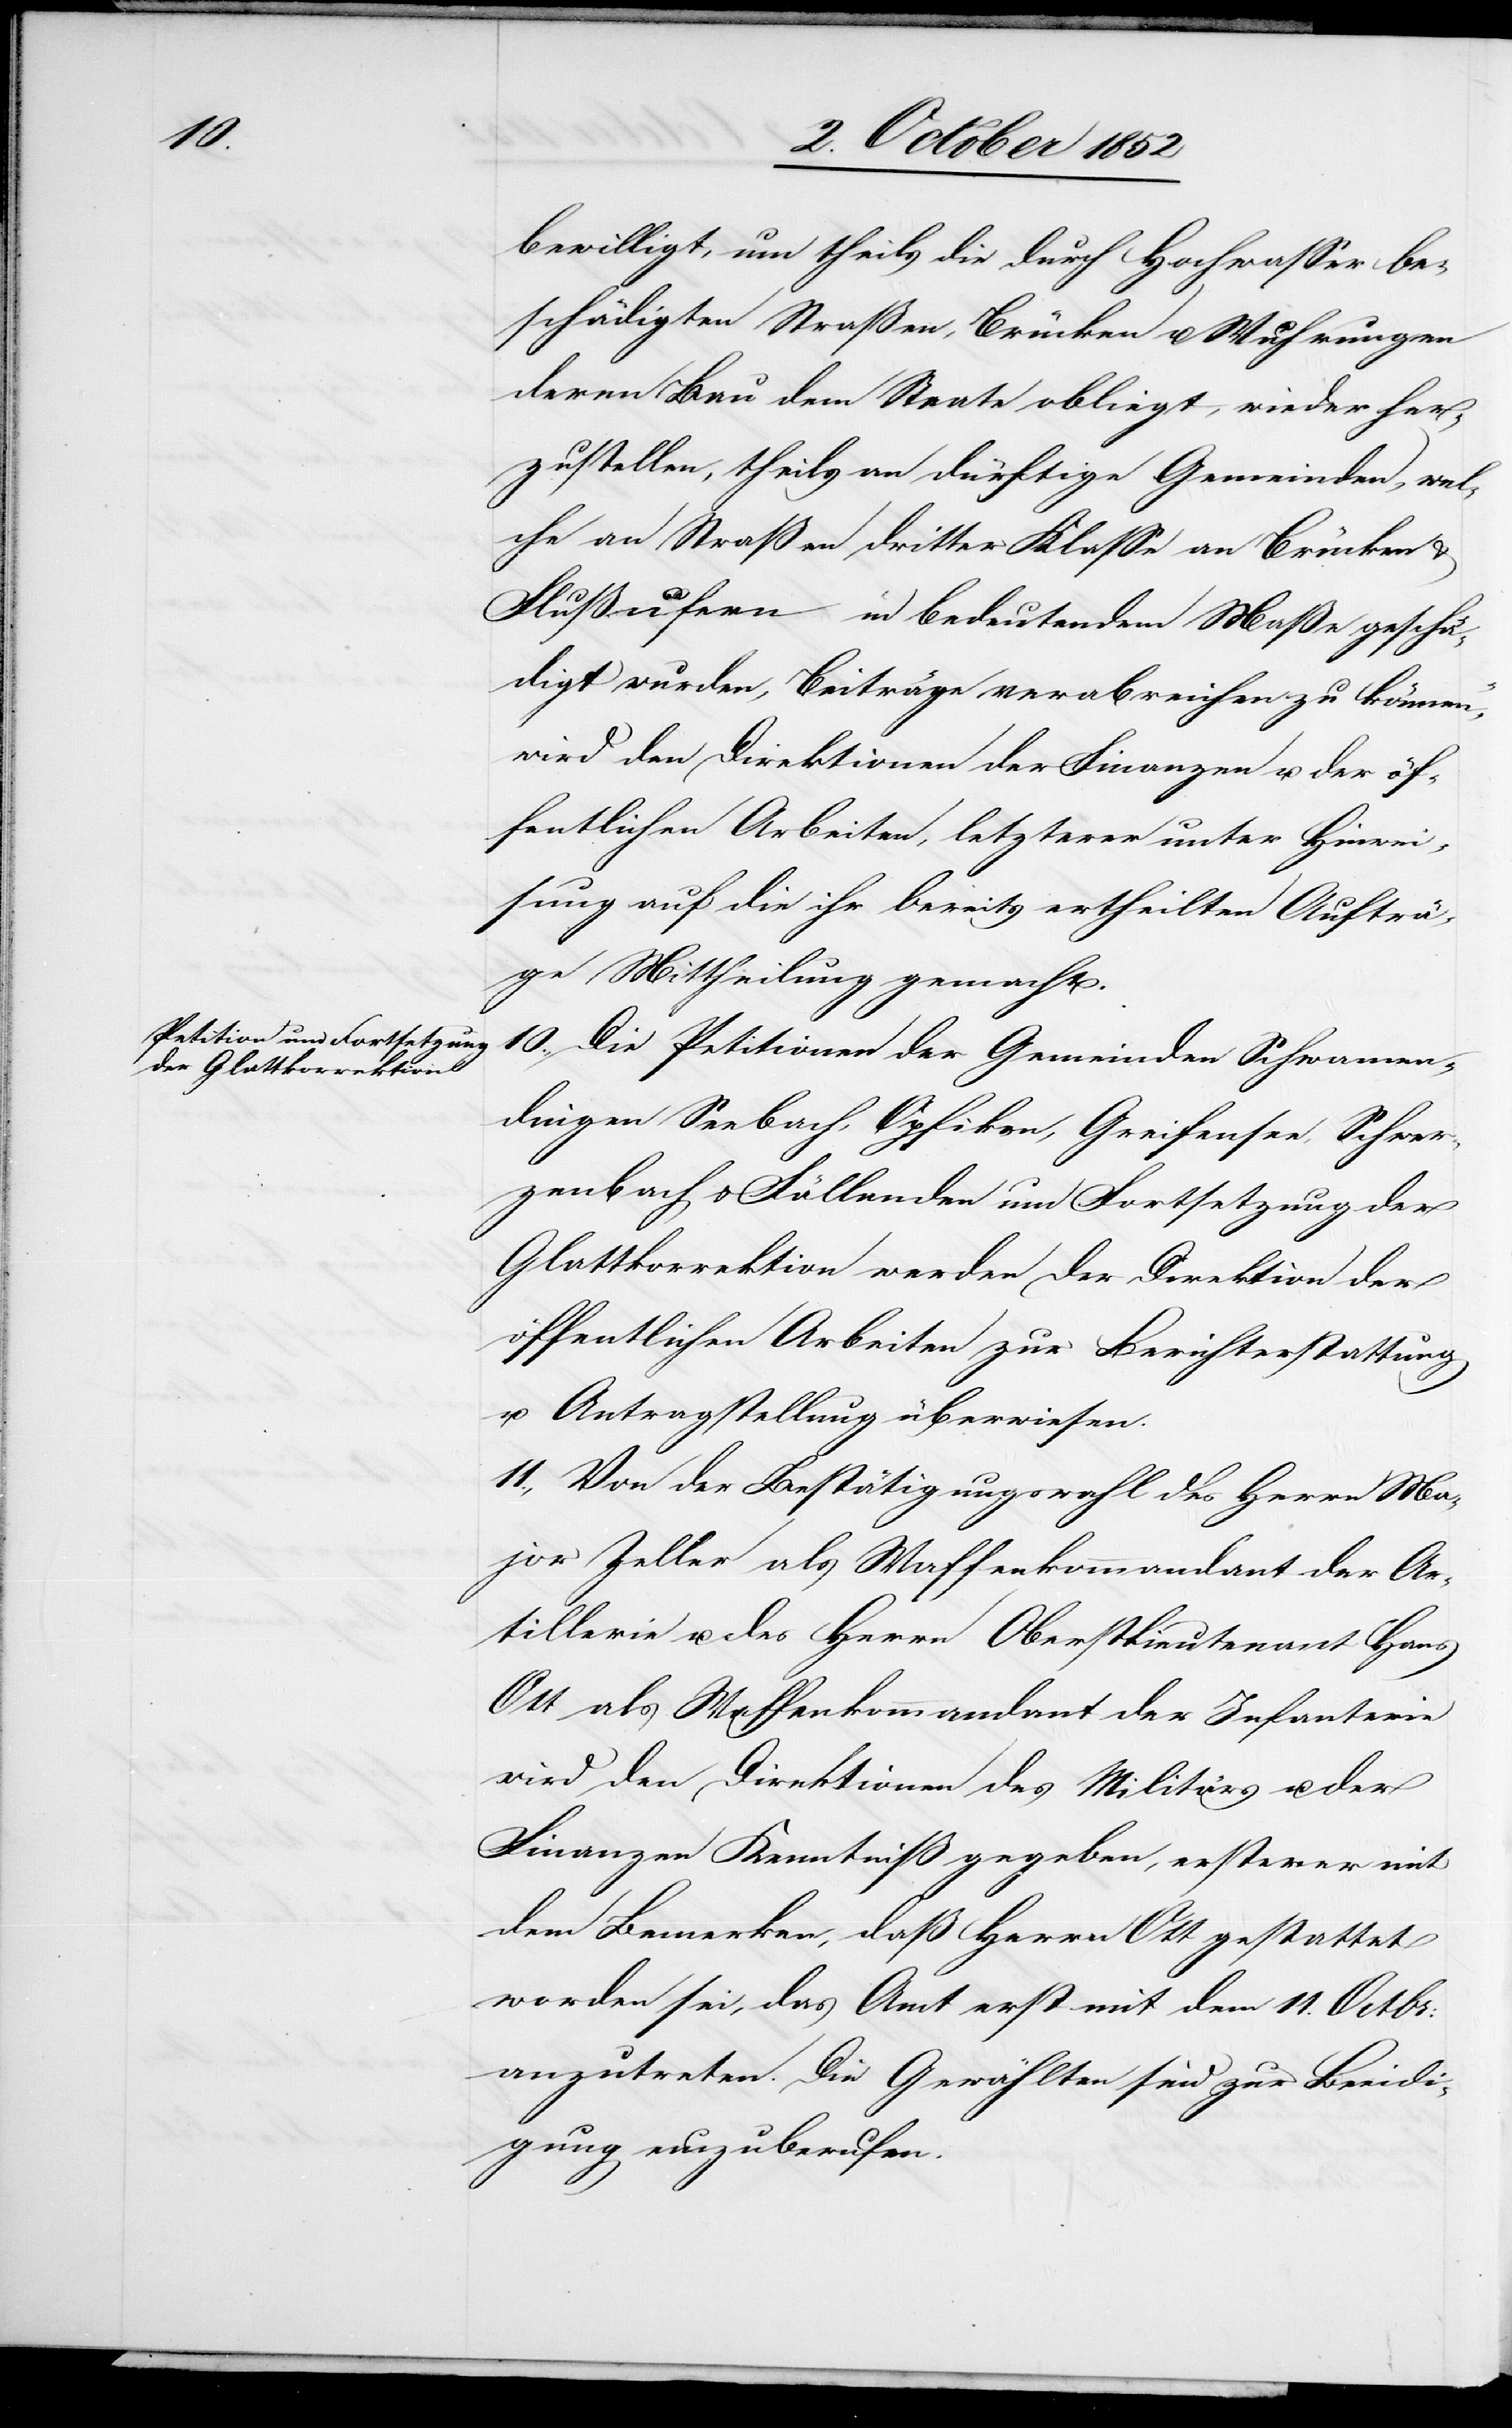
bewilligt, um theils die durch Hochwasser be¬
schädigten Straßen, Brücken u. Wuhrungen
deren Bau dem Staate obliegt, wieder her¬
zustellen, theils an dürftige Gemeinden, wel¬
che an Straßen dritter Klasse an Brücken &
Flußufern in bedeutendem Maße geschä¬
digt wurden, Beiträge verabreichen zu können,“
wird den Direktionen der Finanzen u. der öf¬
fentlichen Arbeiten, letzterer unter Hinwei¬
sung auf die ihr bereits ertheilten Aufträ¬
ge Mittheilung gemacht.
10., Die Petitionen der Gemeinden Schwamen¬
dingen[,] Seebach, Opfikon, Greifensee, Schwer¬
zenbach & Fällanden um Fortsetzung der
Glattkorrektion werden der Direktion der
öffentlichen Arbeiten zur Berichterstattung
u. Antragstellung überwiesen.
11., Von der Bestätigungswahl des Herrn Ma¬
jor Zeller als Waffenkommandant der Ar¬
tillerie u. des Herrn Oberst[-]Lieutenant Hans
Ott als Waffenkommandant der Infanterie
wird den Direktionen des Militärs u. der
Finanzen Kenntniß gegeben, ersterer mit
dem Bemerken, daß Herrn Ott gestattet
worden sei, das Amt erst mit dem 11. Octbr:
anzutreten. Die Gewählten sind zur Beeidi¬
gung einzuberufen.